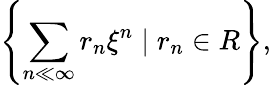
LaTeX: \left\{ \sum_{n\ll\infty}r_{n}\xi^{n}\mid r_{n}\in R\right\} ,